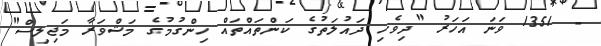
- 1351 ވަނަ އަހަރު "ދިވެހި ދައުލަތުގެ ކަންތައްތައް ހިންގުމުގެ މަޝްވަރާ މަޖިލިސް"